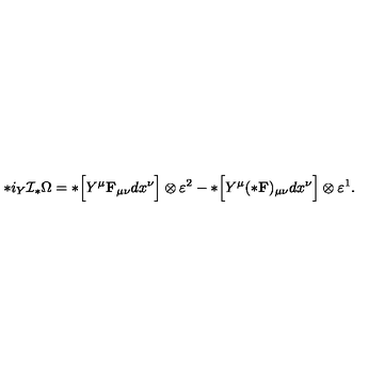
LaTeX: * i _ { Y } { \cal I } _ { * } \Omega = * \Bigl [ Y ^ { \mu } { \bf F } _ { \mu \nu } d x ^ { \nu } \Bigr ] \otimes \varepsilon ^ { 2 } - * \Bigl [ Y ^ { \mu } ( * { \bf F } ) _ { \mu \nu } d x ^ { \nu } \Bigr ] \otimes \varepsilon ^ { 1 } .